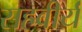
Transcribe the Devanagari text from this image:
सहवीर्यं